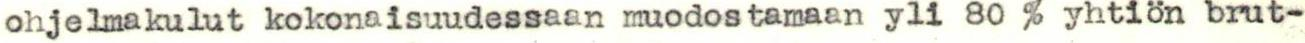
ohjelmakulut kokonaisuudessaan muodostamaan yli 80 % yhtiön brut-